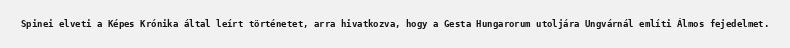
Spinei elveti a Képes Krónika által leírt történetet, arra hivatkozva, hogy a Gesta Hungarorum utoljára Ungvárnál említi Álmos fejedelmet.